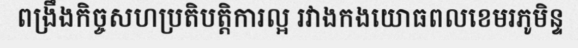
ពង្រឹងកិច្ចសហប្រតិបត្តិការល្អ រវាងកងយោធពលខេមរភូមិន្ទ